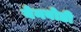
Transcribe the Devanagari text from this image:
येनबोडी